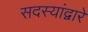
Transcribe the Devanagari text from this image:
सदस्यांद्वारे